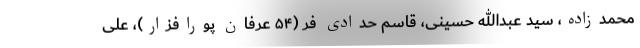
محمدزاده، سید عبدالله حسینی، قاسم حدادی فر (۵۴ عرفان پورافزار)، علی